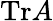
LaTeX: \mathrm{Tr}A